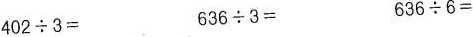
$$402\div3＝$$ $$636\div3＝$$ $$636\div6＝$$